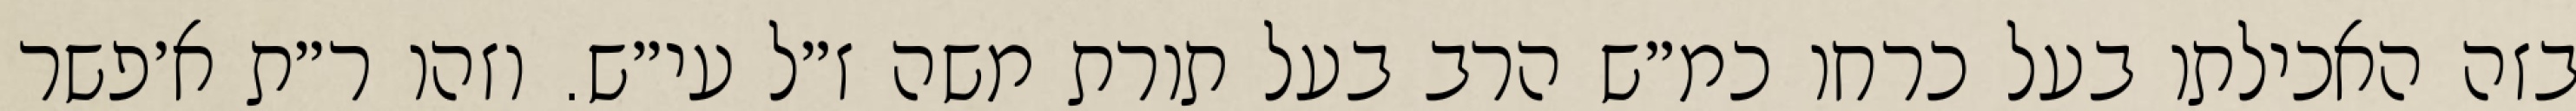
בזה האכילתו בעל כרחו כמ״ש הרב בעל תורת משה ז״ל עי״ש. וזהו ר״ת א׳פשר